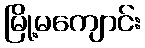
မြို့မကျောင်း